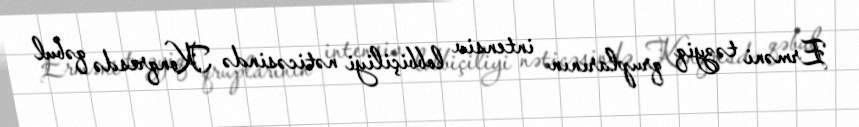
Erməni təzyiq qruplarının intensiv lobbiçiliyi nəticəsində Konqresdə qəbul